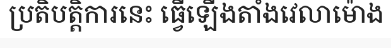
ប្រតិបត្តិការនេះ ធ្វើឡើងតាំងវេលាម៉ោង